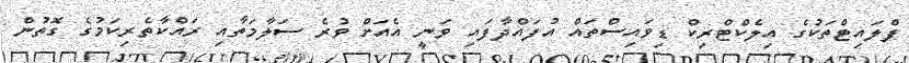
ފްލައިޓްތަކުގެ އިލެކްޓްރިކް ޑިވައިސްތައް އުފައްދާފައި ވަނީ އެއަށް ވުރެ ސަލާމަތާއި ރައްކާތެރިކަމުގެ ގޮތުން